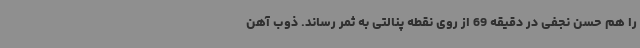
را هم حسن نجفی در دقیقه 69 از روی نقطه پنالتی به ثمر رساند. ذوب آهن